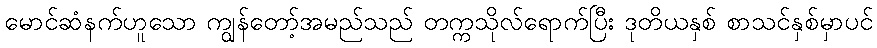
မောင်ဆံနက်ဟူသော ကျွန်တော့်အမည်သည် တက္ကသိုလ်ရောက်ပြီး ဒုတိယနှစ် စာသင်နှစ်မှာပင်